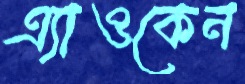
এ্যাওকেন